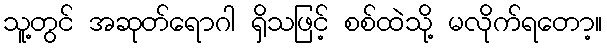
သူ့တွင် အဆုတ်ရောဂါ ရှိသဖြင့် စစ်ထဲသို့ မလိုက်ရတော့။